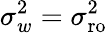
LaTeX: \sigma_{w}^{2}=\sigma_{\mathrm{ro}}^{2}